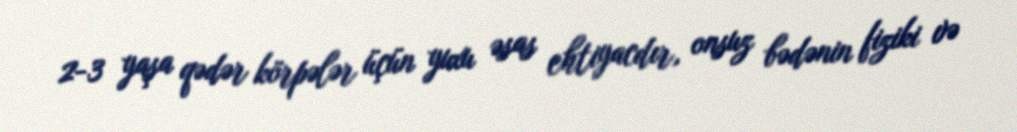
2-3 yaşa qədər körpələr üçün yuxu əsas ehtiyacdır, onsuz bədənin fiziki və